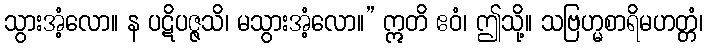
သွားအံ့လော။ န ပဋိပဇ္ဇသိ၊ မသွားအံ့လော။” ဣတိ ဧဝံ၊ ဤသို့။ သဗြဟ္မစာရိမဟတ္တံ၊